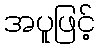
အပူဖြင့်